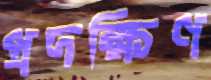
প্রদক্ষিণ